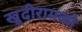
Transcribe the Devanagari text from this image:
खुदीरामको